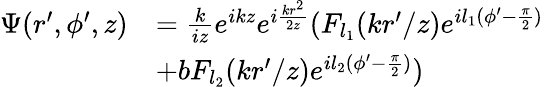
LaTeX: \begin{array}{rl}{\Psi(r^{\prime},\phi^{\prime},z)}&{=\frac{k}{iz}e^{ikz}e^{i\frac{kr^{2}}{2z}}(F_{l_{1}}({kr^{\prime}}/{z})e^{il_{1}(\phi^{\prime}-\frac{\pi}{2})}}\\ &{+bF_{l_{2}}({kr^{\prime}}/{z})e^{il_{2}(\phi^{\prime}-\frac{\pi}{2})})}\end{array}